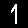
Digit: 1